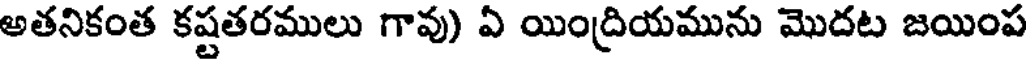
అతనికంత కష్టతరములు గావు) ఏ యింద్రియమును మొదట జయింప